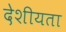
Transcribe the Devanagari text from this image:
देशीयता